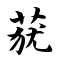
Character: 莸